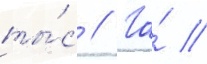
ты́с // Га́ //